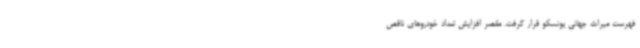
فهرست میراث جهانی یونسکو قرار گرفت. مقصر افزایش تعداد خودروهای ناقص